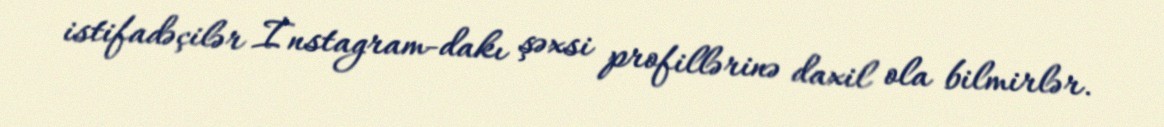
istifadəçilər İnstagram-dakı şəxsi profillərinə daxil ola bilmirlər.